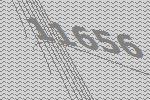
11656